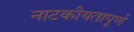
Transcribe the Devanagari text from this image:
नाटकीयतापूर्ण